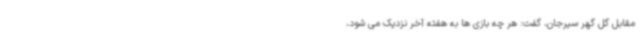
مقابل گل گهر سیرجان، گفت: هر چه بازی ها به هفته آخر نزدیک می شود،